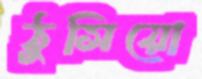
ঠুসিয়ো